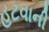
હટવાની